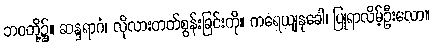
ဘဝတို့၌။ ဆန္ဒရာဂံ၊ လိုလားတတ်စွန်းခြင်းကို။ ကရေယျနုခေါ၊ ပြုရာလိမ့်ဦးလော။